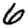
Digit: 6